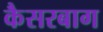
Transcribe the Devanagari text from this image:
कैसरबाग